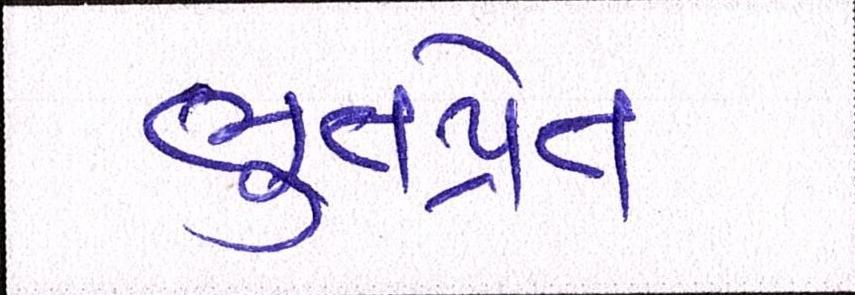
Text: ભુતપ્રેત